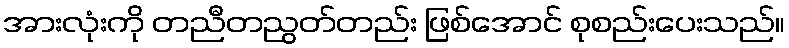
အားလုံးကို တညီတညွတ်တည်း ဖြစ်အောင် စုစည်းပေးသည်။